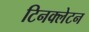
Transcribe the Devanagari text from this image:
टिनक्लेटन